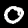
Digit: 0